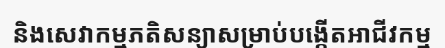
និងសេវាកម្មភតិសន្យាសម្រាប់បង្កើតអាជីវកម្ម